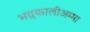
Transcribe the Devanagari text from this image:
भद्रकालीअम्मा